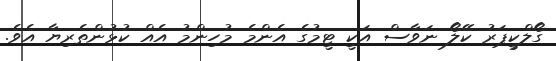
ގޯލްކީޕަރު ކޭލޯ ނަވާސް އަކީ ޓީމުގެ އެންމެ މުހިންމު އެއް ކުޅުންތެރިޔާ އެވެ.